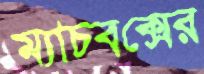
ম্যাচবক্সের